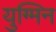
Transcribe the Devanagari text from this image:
युग्मिन